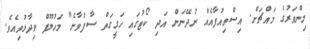
މިންވަރުގެ މައްޗަށް. އިސްތިއުފާއެއް ނުދޭނަން އަދި ކޯޓުގައި ހަގީގަތް ސާފުވާނެ" މަހުލޫފް ވިދާޅުވިއެވެ.